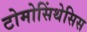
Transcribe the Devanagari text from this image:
टोमोसिंथेसिस